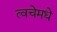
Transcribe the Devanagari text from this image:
त्वचेमधे